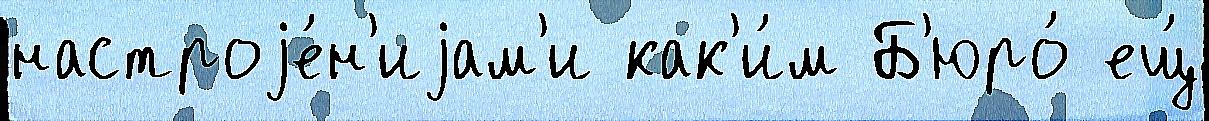
настроjе́н'иjам'и как'и́м Б'юро́ ещ́